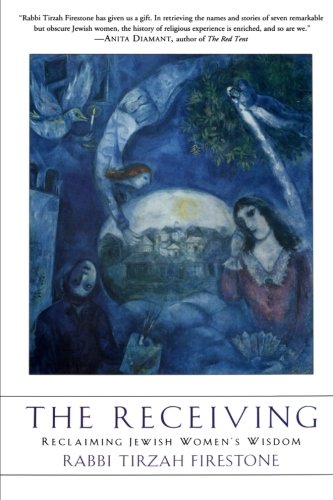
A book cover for The Receiving: Reclaiming Jewish Women's Wisdom; Tirzah Firestone; Religion & Spirituality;